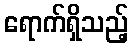
ရောက်ရှိသည့်